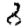
Digit: 8